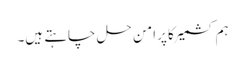
ہم کشمیر کا پرامن حل چاہتے ہیں۔